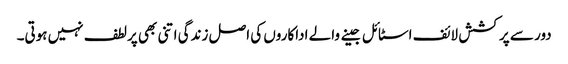
دور سے پرکشش لائف اسٹائل جینے والے اداکاروں کی اصل زندگی اتنی بھی پرلطف نہیں ہوتی۔